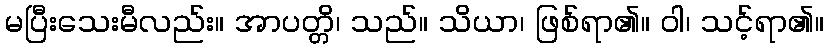
မပြီးသေးမီလည်း။ အာပတ္တိ၊ သည်။ သိယာ၊ ဖြစ်ရာ၏။ ဝါ၊ သင့်ရာ၏။